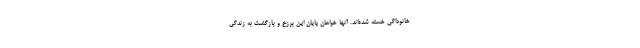
خانوداگی خسته شده‌اند. آنها خواهان پایان این برزخ و بازگشت به زندگی